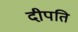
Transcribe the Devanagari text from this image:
दीपति